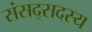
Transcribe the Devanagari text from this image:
संसद्सदस्य